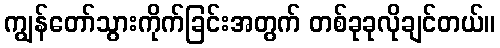
ကျွန်တော်သွားကိုက်ခြင်းအတွက် တစ်ခုခုလိုချင်တယ်။